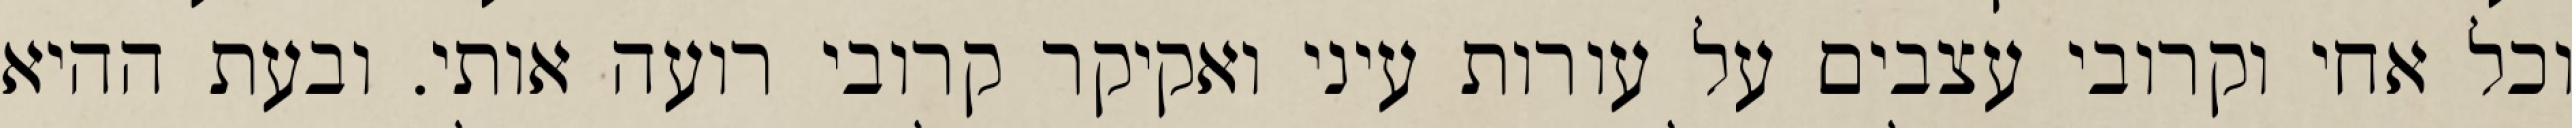
וכל אחי וקרובי עצבים על עורות עיני ואקיקר קרובי רועה אותי. ובעת ההיא